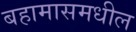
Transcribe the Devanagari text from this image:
बहामासमधील